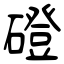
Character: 磴